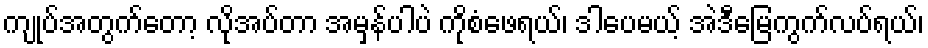
ကျုပ်အတွက်တော့ လိုအပ်တာ အမှန်ပါပဲ ကိုစံဖေရယ်၊ ဒါပေမယ့် အဲဒီမြေကွက်လပ်ရယ်၊